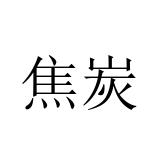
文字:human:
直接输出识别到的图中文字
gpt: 焦炭